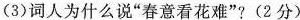
(3)词人为什么说”春意看花难”?(2分)